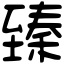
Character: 臻